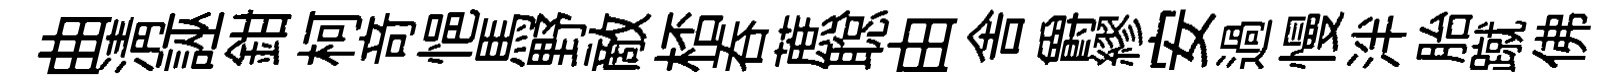
曲清誣鉗柯竒悒馬野敵桮呑蔗聪由舎爵繆安過慢泮胎蹴佛